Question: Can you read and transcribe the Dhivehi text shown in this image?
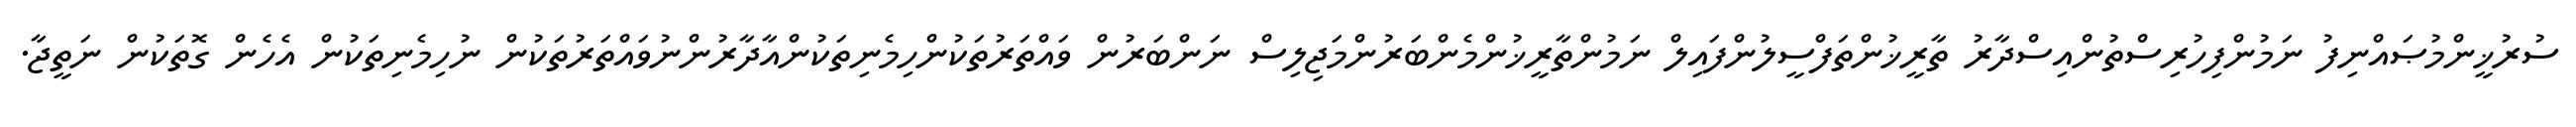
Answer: ސުރުޚީންމުޞައްނިފު ނަމުންފިހުރިސްތުންއިސްދާރު ތާރީޚުންތަފްސީލުންފައިލް ނަމުންތާރީޚުންމެންބަރުންމަޖިލިސް ނަންބަރުން ވައްތަރުތަކުންހިމެނިތަކުންއާދާރުންނުވައްތަރުތަކުން ނުހިމެނިތަކުން އެހެން ގޮތަކުން ނަތީޖާ.